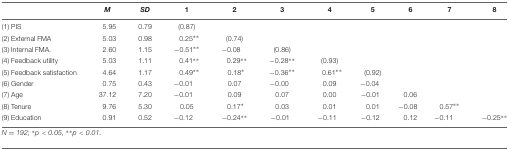
<table><thead><tr><td></td><td><b><i>M</i></b></td><td><b><i>SD</i></b></td><td><b>1</b></td><td><b>2</b></td><td><b>3</b></td><td><b>4</b></td><td><b>5</b></td><td><b>6</b></td><td><b>7</b></td><td><b>8</b></td></tr></thead><tbody><tr><td>(1) PIS</td><td>5.95</td><td>0.79</td><td>(0.87)</td><td></td><td></td><td></td><td></td><td></td><td></td><td></td></tr><tr><td>(2) External FMA</td><td>5.03</td><td>0.98</td><td>0.25<sup>∗∗</sup></td><td>(0.74)</td><td></td><td></td><td></td><td></td><td></td><td></td></tr><tr><td>(3) Internal FMA.</td><td>2.60</td><td>1.15</td><td>-0.51<sup>∗∗</sup></td><td>-0.08</td><td>(0.86)</td><td></td><td></td><td></td><td></td><td></td></tr><tr><td>(4) Feedback utility</td><td>5.03</td><td>1.11</td><td>0.41<sup>∗∗</sup></td><td>0.29<sup>∗∗</sup></td><td>-0.28<sup>∗∗</sup></td><td>(0.93)</td><td></td><td></td><td></td><td></td></tr><tr><td>(5) Feedback satisfaction</td><td>4.64</td><td>1.17</td><td>0.49<sup>∗∗</sup></td><td>0.18<sup>∗</sup></td><td>-0.36<sup>∗∗</sup></td><td>0.61<sup>∗∗</sup></td><td>(0.92)</td><td></td><td></td><td></td></tr><tr><td>(6) Gender</td><td>0.75</td><td>0.43</td><td>-0.01</td><td>0.07</td><td>-0.00</td><td>0.09</td><td>-0.04</td><td></td><td></td><td></td></tr><tr><td>(7) Age</td><td>37.12</td><td>7.20</td><td>-0.01</td><td>0.09</td><td>0.07</td><td>0.00</td><td>-0.01</td><td>0.06</td><td></td><td></td></tr><tr><td>(8) Tenure</td><td>9.76</td><td>5.30</td><td>0.05</td><td>0.17<sup>∗</sup></td><td>0.03</td><td>0.01</td><td>0.01</td><td>-0.08</td><td>0.57<sup>∗∗</sup></td><td></td></tr><tr><td>(9) Education</td><td>0.91</td><td>0.52</td><td>-0.12</td><td>-0.24<sup>∗∗</sup></td><td>-0.01</td><td>-0.11</td><td>-0.12</td><td>0.12</td><td>-0.11</td><td>-0.25<sup>∗∗</sup></td></tr></tbody></table>